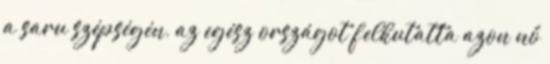
a saru szépségén, az egész országot felkutatta azon nő